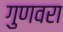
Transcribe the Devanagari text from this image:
गुणवरा